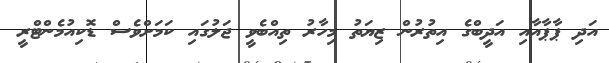
އަދި ޕާޕާއާއި އަދީބްގެ އިތުރުން ޒިޔަތު މިހާރު ތިއްބެވީ ޖަލުގައި ކަމަށްވެސް ޑޮކިއުމެންޓްރީ